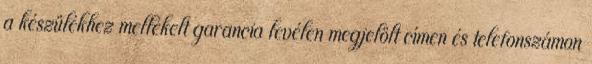
a készülékhez mellékelt garancia levélen megjelölt címen és telefonszámon